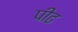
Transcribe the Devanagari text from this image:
पीढ